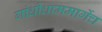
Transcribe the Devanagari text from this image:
गांधीधाममार्गेच